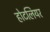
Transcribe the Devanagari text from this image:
होटलियर